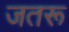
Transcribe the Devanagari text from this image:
जतरू